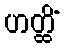
ဟတ္ထိံ